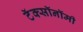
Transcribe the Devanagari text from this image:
टॅक्सॉनॉमी